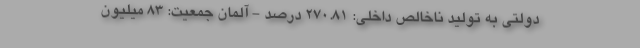
دولتی به تولید ناخالص داخلی: ۲۷۰.۸۱ درصد - آلمان جمعیت: ۸۳ میلیون